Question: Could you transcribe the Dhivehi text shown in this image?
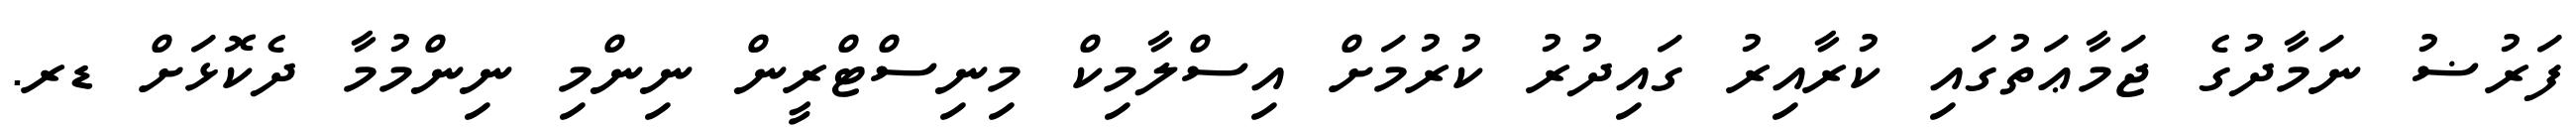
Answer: ފަރުޟު ނަމާދުގެ ޖަމާޢަތުގައި ކުރާއިރު ގައިދުރު ކުރުމަށް އިސްލާމިކް މިނިސްޓްރީން ނިންމި ނިންމުމާ ދެކޮޅަށް ޑރ.